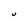
Character: U